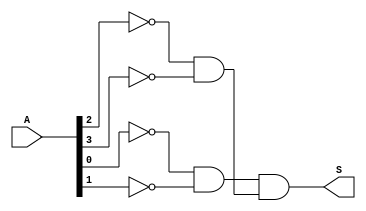
module nand4bit (
input [3:0]A,
output S
);

wire a0_n_a1;
wire a2_n_a3;

assign a0_n_a1=(~A[0])&(~A[1]);
assign a2_n_a3=(~A[2])&(~A[3]);

assign S=a0_n_a1&a2_n_a3;
endmodule